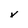
Character: v